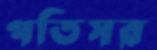
পতিসর